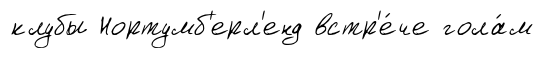
клубы Нортумб'ерл'енд встр'е́че гола́м